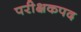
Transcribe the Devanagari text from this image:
परीक्षकपद